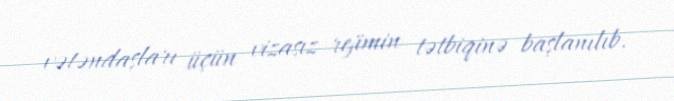
vətəndaşları üçün vizasız rejimin tətbiqinə başlanılıb.